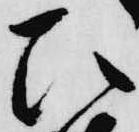
ひ